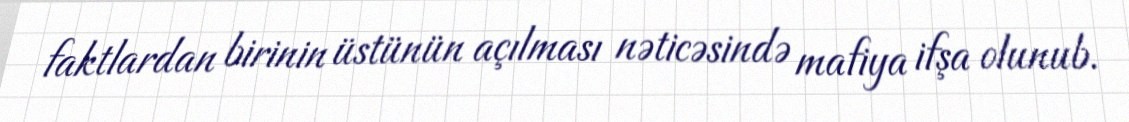
faktlardan birinin üstünün açılması nəticəsində mafiya ifşa olunub.